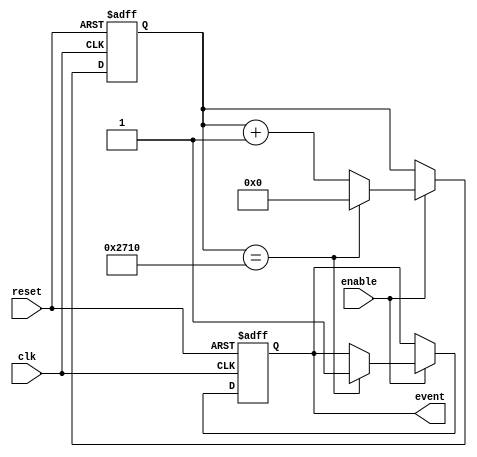
module EventTimer (
    input wire clk,
    input wire reset,
    input wire enable,
    output reg event
);

reg [31:0] counter;

always @ (posedge clk or posedge reset) begin
    if (reset) begin
        counter <= 0;
        event <= 0;
    end else if (enable) begin
        counter <= counter + 1;
        if (counter == 10000) begin // change this value to determine specific time intervals
            event <= 1;
            counter <= 0;
        end
    end
end

endmodule